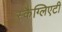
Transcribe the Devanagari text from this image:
स्कैग्लिएटी